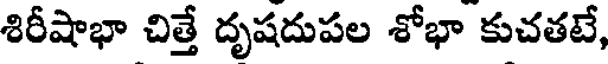
శిరీషాభా చిత్తే దృషదుపల శోభా కుచతటే,